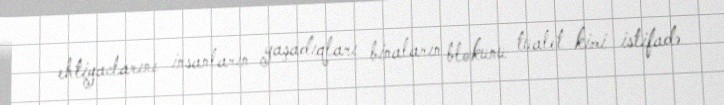
ehtiyaclarını insanların yaşadıqları binaların blokunu tualet kimi istifadə